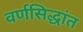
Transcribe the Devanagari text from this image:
वर्णसिद्धांत